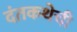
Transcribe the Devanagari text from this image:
दंतकथेची